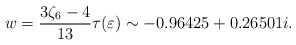
\begin{align*}w = \frac{3\zeta_6-4}{13} \tau(\varepsilon) \sim -0.96425+0.26501i.\end{align*}